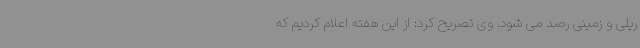
ریلی و زمینی رصد می شود. وی تصریح کرد: از این هفته اعلام کردیم که